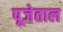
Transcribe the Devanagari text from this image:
पूजेताल